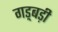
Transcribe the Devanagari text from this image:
गड़्बड़ी